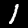
Label: 1